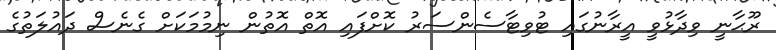
ރޫޙާނީ ވިދާޅުވީ އީރާނުގައި ޓުވިޓާސެންސަރު ކޮށްފައި އޮތް އޮތުން ނިމުމަކަށް ގެނެސް ދައުލަތުގެ